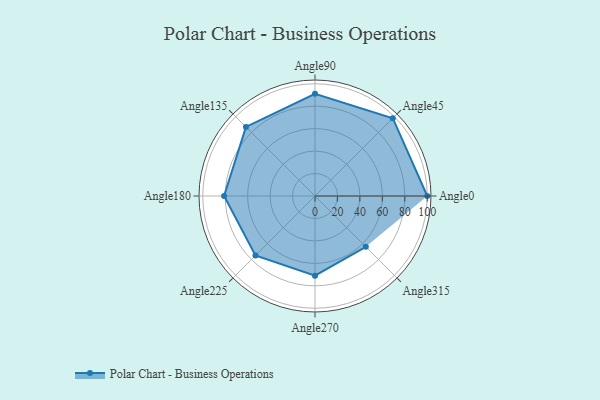
{"axis": {"x": "Angle", "y": "Radius"}, "legend": [""], "data": [{"x": "Angle0", "y": 100.0, "type": ""}, {"x": "Angle45", "y": 98.0, "type": ""}, {"x": "Angle90", "y": 91.0, "type": ""}, {"x": "Angle135", "y": 87.0, "type": ""}, {"x": "Angle180", "y": 81.0, "type": ""}, {"x": "Angle225", "y": 75.0, "type": ""}, {"x": "Angle270", "y": 71.0, "type": ""}, {"x": "Angle315", "y": 64.0, "type": ""}]}